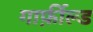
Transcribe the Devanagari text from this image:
गार्फ़ील्ड